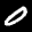
Label: 0